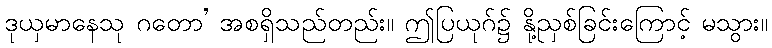
ဒုယှမာနေသု ဂတော’ အစရှိသည်တည်း။ ဤပြယုဂ်၌ နို့ညှစ်ခြင်းကြောင့် မသွား။